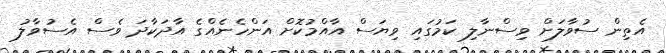
އެތިން ސުވާލަށް ވިސްނާލި ކަމުގައި ވިޔަސް އާއްމުކޮށް އަންހެނެއްގެ އާދަކާދަ ވެސް އެސުވާލު